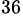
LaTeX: ^{36}